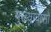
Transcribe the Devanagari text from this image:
मुख्यावासों